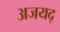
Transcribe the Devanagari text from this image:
अजयद्